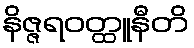
နိဇ္ဇရဝတ္ထူနီတိ